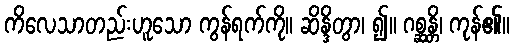
ကိလေသာတည်းဟူသော ကွန်ရက်ကို။ ဆိန္ဒိတွာ၊ ၍။ ဂစ္ဆန္တိ၊ ကုန်၏။